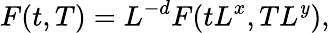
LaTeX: F(t,T)=L^{-d}F(tL^{x},TL^{\mathit{y}}),